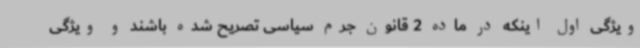
ویژگی اول اینکه در ماده 2 قانون جرم سیاسی تصریح شده باشند و ویژگی